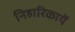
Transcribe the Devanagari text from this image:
निहारिकायें